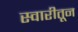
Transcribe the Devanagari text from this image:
स्वारीतून